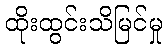
ထိုးထွင်းသိမြင်မှု